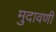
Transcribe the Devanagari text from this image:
मुदावणी